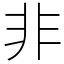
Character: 非